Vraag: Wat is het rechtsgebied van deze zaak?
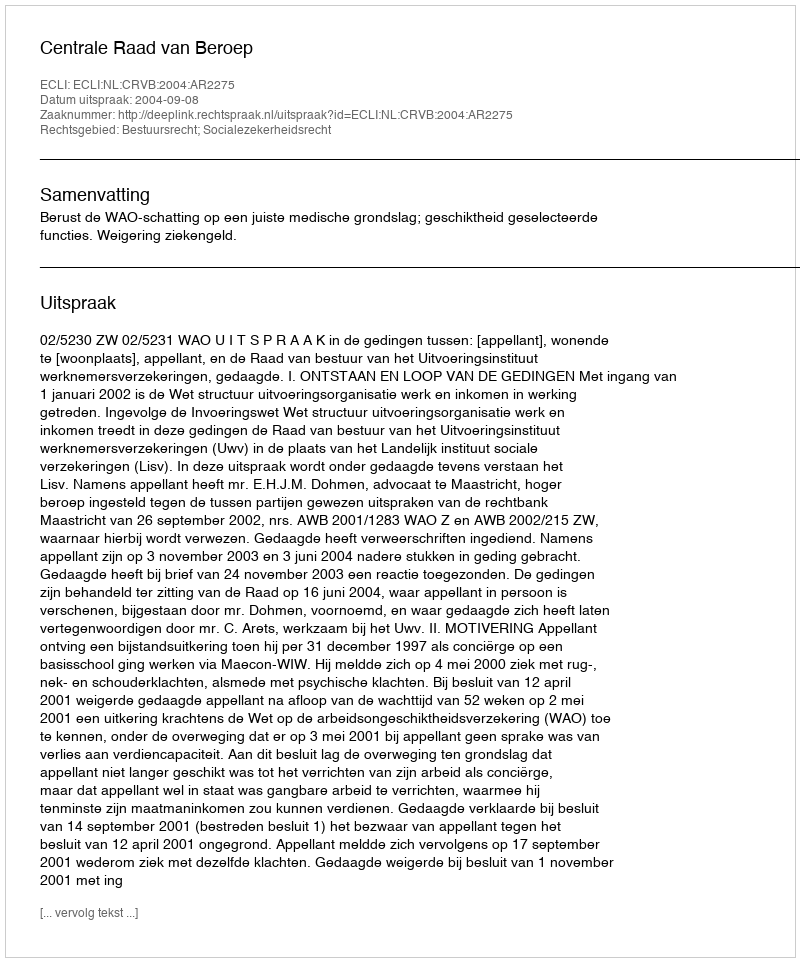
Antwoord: Bestuursrecht; Socialezekerheidsrecht